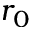
r _ { 0 }